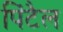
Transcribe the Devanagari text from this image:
पिंटैल